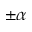
\pm \alpha